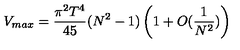
V _ { m a x } = { \frac { \pi ^ { 2 } T ^ { 4 } } { 4 5 } } ( N ^ { 2 } - 1 ) \left( 1 + O ( { \frac { 1 } { N ^ { 2 } } } ) \right)